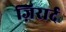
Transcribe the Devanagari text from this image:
ज़िरार्द